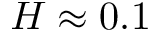
H \approx 0 . 1